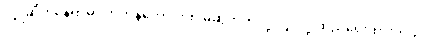
လျှိုဆိုတဲ့နေရာမှာ ကိုဘွန်ဟောင်းက မဆွဲတတ်လို့ လျှိုလို့ ထည့်ရေးထားတယ်။